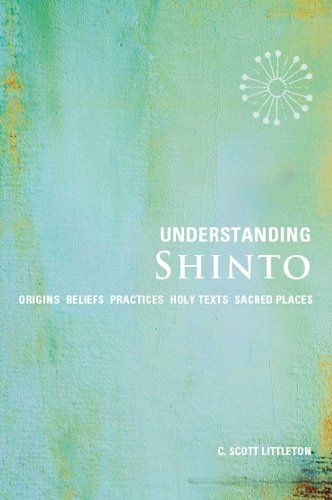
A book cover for Understanding Shinto: Origins*Beliefs*Practices*Festivals*Spirits*Sacred Places; C. Scott Littleton; Religion & Spirituality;